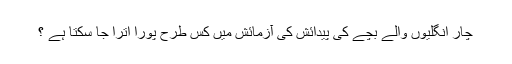
چار انگليوں والے بچے كى پيدائش كى آزمائش ميں كس طرح پورا اترا جا سكتا ہے ؟